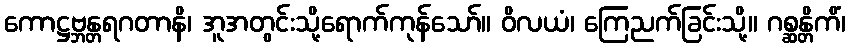
ကောဋ္ဌဗ္ဘန္တရဂတာနိ၊ အူအတွင်းသို့ရောက်ကုန်သော်။ ဝိလယံ၊ ကြေညက်ခြင်းသို့။ ဂစ္ဆန္တိကိံ၊